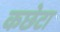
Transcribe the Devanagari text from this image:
कछेटा